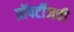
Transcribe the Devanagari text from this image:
प्रॉपर्टीजची